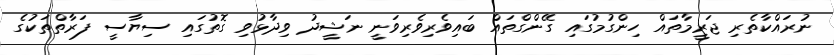
ނުރައްކާތެރި ޖަރީމާތައް ހިންގުމުގައި ގޭންގްތައް ބައިވެރިވެރިވަނީ ނަޝީދު ވިދާޅުވި ގޮތުގައި ސިޔާސީ ފަރާތްތަކުގެ